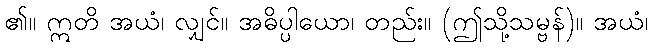
၏။ ဣတိ အယံ၊ လျှင်။ အဓိပ္ပါယော၊ တည်း။ (ဤသို့သမ္ဗန်)။ အယံ၊